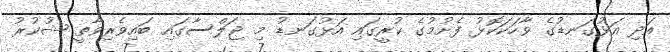
އަދި އަޅުގަނޑުގެ ވާހަކަކޮޅު ފެށުމުގެ ކުރީގައި އަޅުގަނޑު މި ޖަލްސާގައި ބައިވެރިވާތީ ޝުކުރު